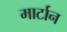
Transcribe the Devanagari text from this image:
मार्टान